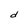
Character: d